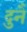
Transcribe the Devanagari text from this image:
दुनै